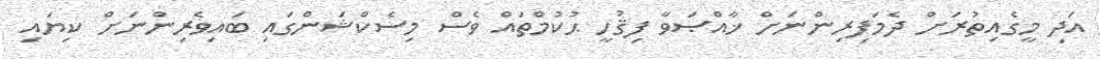
އަދި މީގެއިތުރަށް ދެމަފިރިންނަށް ޚާއްޞަވާ ފިޤުހީ ޙުކުމްތައް ވެސް މިސެކްޝަންގައި ބައިވެރިންނަށް ކިޔައި